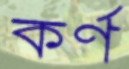
কর্ণ